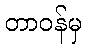
တာဝန်မှ